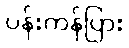
ပန်းကန်ပြား